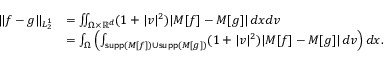
\begin{array} { r l } { \| f - g \| _ { L _ { 2 } ^ { 1 } } } & { = \iint _ { \Omega \times \mathbb R ^ { d } } ( 1 + | v | ^ { 2 } ) | M [ f ] - M [ g ] | \, d x d v } \\ & { = \int _ { \Omega } \left( \int _ { \mathsf { s u p p } ( M [ f ] ) \cup \mathsf { s u p p } ( M [ g ] ) } ( 1 + | v | ^ { 2 } ) | M [ f ] - M [ g ] | \, d v \right) d x . } \end{array}